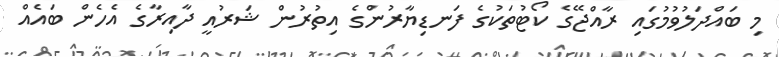
މި ބައްދަލުވުމުގައި ރާއްޖޭގެ ކޯޓުތަކުގެ ފަނޑިޔާރުންގެ އިތުރުން ޝަރުއީ ދާއިރާގެ އެހެން ބައެއް